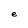
Character: e